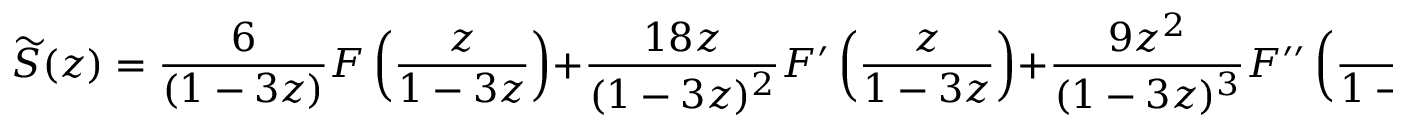
{ \widetilde { S } } ( z ) = { \frac { 6 } { ( 1 - 3 z ) } } F \left( { \frac { z } { 1 - 3 z } } \right) + { \frac { 1 8 z } { ( 1 - 3 z ) ^ { 2 } } } F ^ { \prime } \left( { \frac { z } { 1 - 3 z } } \right) + { \frac { 9 z ^ { 2 } } { ( 1 - 3 z ) ^ { 3 } } } F ^ { \prime \prime } \left( { \frac { z } { 1 - 3 z } } \right) + { \frac { z ^ { 3 } } { ( 1 - 3 z ) ^ { 4 } } } F ^ { ( 3 ) } \left( { \frac { z } { 1 - 3 z } } \right) .